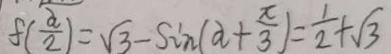
f ( \frac { \alpha } { 2 } ) = \sqrt { 3 } - \sin ( a + \frac { x } { 3 } ) = \frac { 1 } { 2 } + \sqrt { 3 }